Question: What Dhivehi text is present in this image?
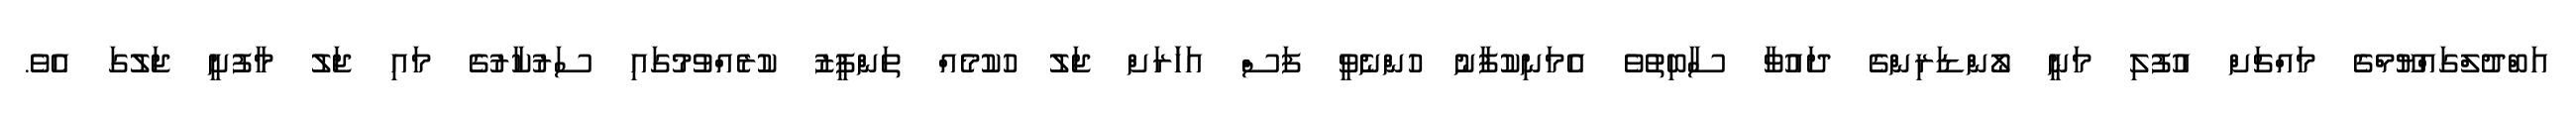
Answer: އަބްދުލްގައްޔޫމްގެ މައްޗަށް އުފުލި މަނީ ލޯންޑަރިންގެ ދައުވާ ސާބިތުވެ އެމަނިކުފާނު ހުންނެވީ ފަސް އަހަަރަށް ޖަލު ހުކުމެއް ތަންފީޒު ކުރެއްވުމުގައި ސަރުކާރުގެ މައި ޖަލު މާފުށީ ޖަލުގަ އެވެ.